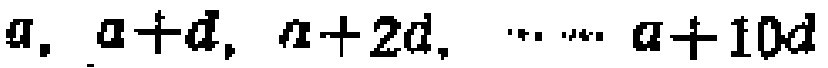
\(a, a + d, a + 2d, \cdots\cdots a + 10d\)